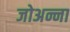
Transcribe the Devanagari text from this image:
जोअन्ना